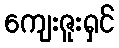
ကျေးဇူးရှင်